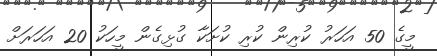
މީގެ 50 އަހަރު ކުރިން ކުރި ކުށަކާ ގުޅިގެން މީހަކު 20 އަހަރަށް